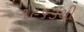
૧૯૬૩થી